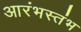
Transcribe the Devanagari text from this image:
आरंभस्तंभ